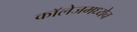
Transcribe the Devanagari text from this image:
कॉलेजमध्येच